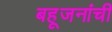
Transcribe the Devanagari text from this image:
बहूजनांची